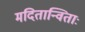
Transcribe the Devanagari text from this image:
मदितान्विताः